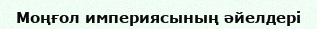
Моңғол империясының әйелдері